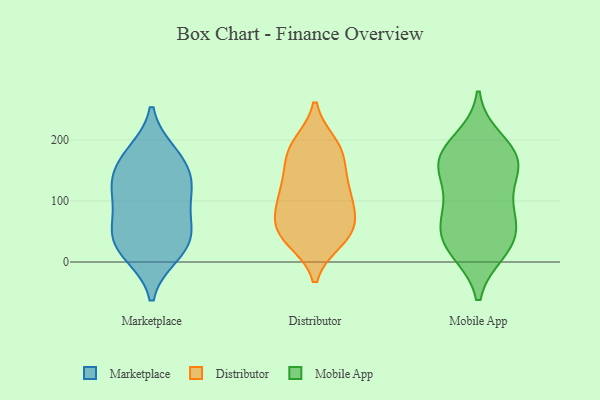
{"axis": {"x": "Backlog", "y": "Value"}, "legend": ["Distributor", "Marketplace", "Mobile App"], "data": [{"x": "", "y": 56, "type": "Marketplace"}, {"x": "", "y": 32, "type": "Marketplace"}, {"x": "", "y": 173, "type": "Marketplace"}, {"x": "", "y": 44, "type": "Marketplace"}, {"x": "", "y": 179, "type": "Marketplace"}, {"x": "", "y": 123, "type": "Marketplace"}, {"x": "", "y": 101, "type": "Marketplace"}, {"x": "", "y": 16, "type": "Marketplace"}, {"x": "", "y": 128, "type": "Marketplace"}, {"x": "", "y": 66, "type": "Marketplace"}, {"x": "", "y": 159, "type": "Marketplace"}, {"x": "", "y": 12, "type": "Marketplace"}, {"x": "", "y": 123, "type": "Marketplace"}, {"x": "", "y": 52, "type": "Distributor"}, {"x": "", "y": 130, "type": "Distributor"}, {"x": "", "y": 184, "type": "Distributor"}, {"x": "", "y": 172, "type": "Distributor"}, {"x": "", "y": 84, "type": "Distributor"}, {"x": "", "y": 36, "type": "Distributor"}, {"x": "", "y": 44, "type": "Distributor"}, {"x": "", "y": 102, "type": "Distributor"}, {"x": "", "y": 148, "type": "Distributor"}, {"x": "", "y": 112, "type": "Distributor"}, {"x": "", "y": 37, "type": "Distributor"}, {"x": "", "y": 190, "type": "Distributor"}, {"x": "", "y": 193, "type": "Distributor"}, {"x": "", "y": 60, "type": "Distributor"}, {"x": "", "y": 111, "type": "Distributor"}, {"x": "", "y": 68, "type": "Distributor"}, {"x": "", "y": 43, "type": "Mobile App"}, {"x": "", "y": 20, "type": "Mobile App"}, {"x": "", "y": 199, "type": "Mobile App"}, {"x": "", "y": 170, "type": "Mobile App"}, {"x": "", "y": 85, "type": "Mobile App"}, {"x": "", "y": 68, "type": "Mobile App"}, {"x": "", "y": 18, "type": "Mobile App"}, {"x": "", "y": 162, "type": "Mobile App"}, {"x": "", "y": 163, "type": "Mobile App"}, {"x": "", "y": 75, "type": "Mobile App"}, {"x": "", "y": 153, "type": "Mobile App"}, {"x": "", "y": 122, "type": "Mobile App"}, {"x": "", "y": 34, "type": "Mobile App"}, {"x": "", "y": 178, "type": "Mobile App"}]}